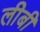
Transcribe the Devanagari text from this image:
लीबी